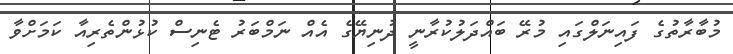
މުބާރާތުގެ ފައިނަލްގައި މުރޭ ބައްދަލުކުރާނީ ދުނިޔޭގެ އެއް ނަމްބަރު ޓެނިސް ކުޅުންތެރިއާ ކަމަށްވާ